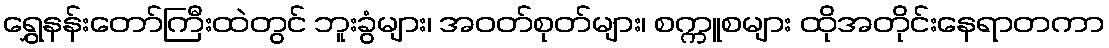
ရွှေနန်းတော်ကြီးထဲတွင် ဘူးခွံများ၊ အဝတ်စုတ်များ၊ စက္ကူစများ ထိုအတိုင်းနေရာတကာ